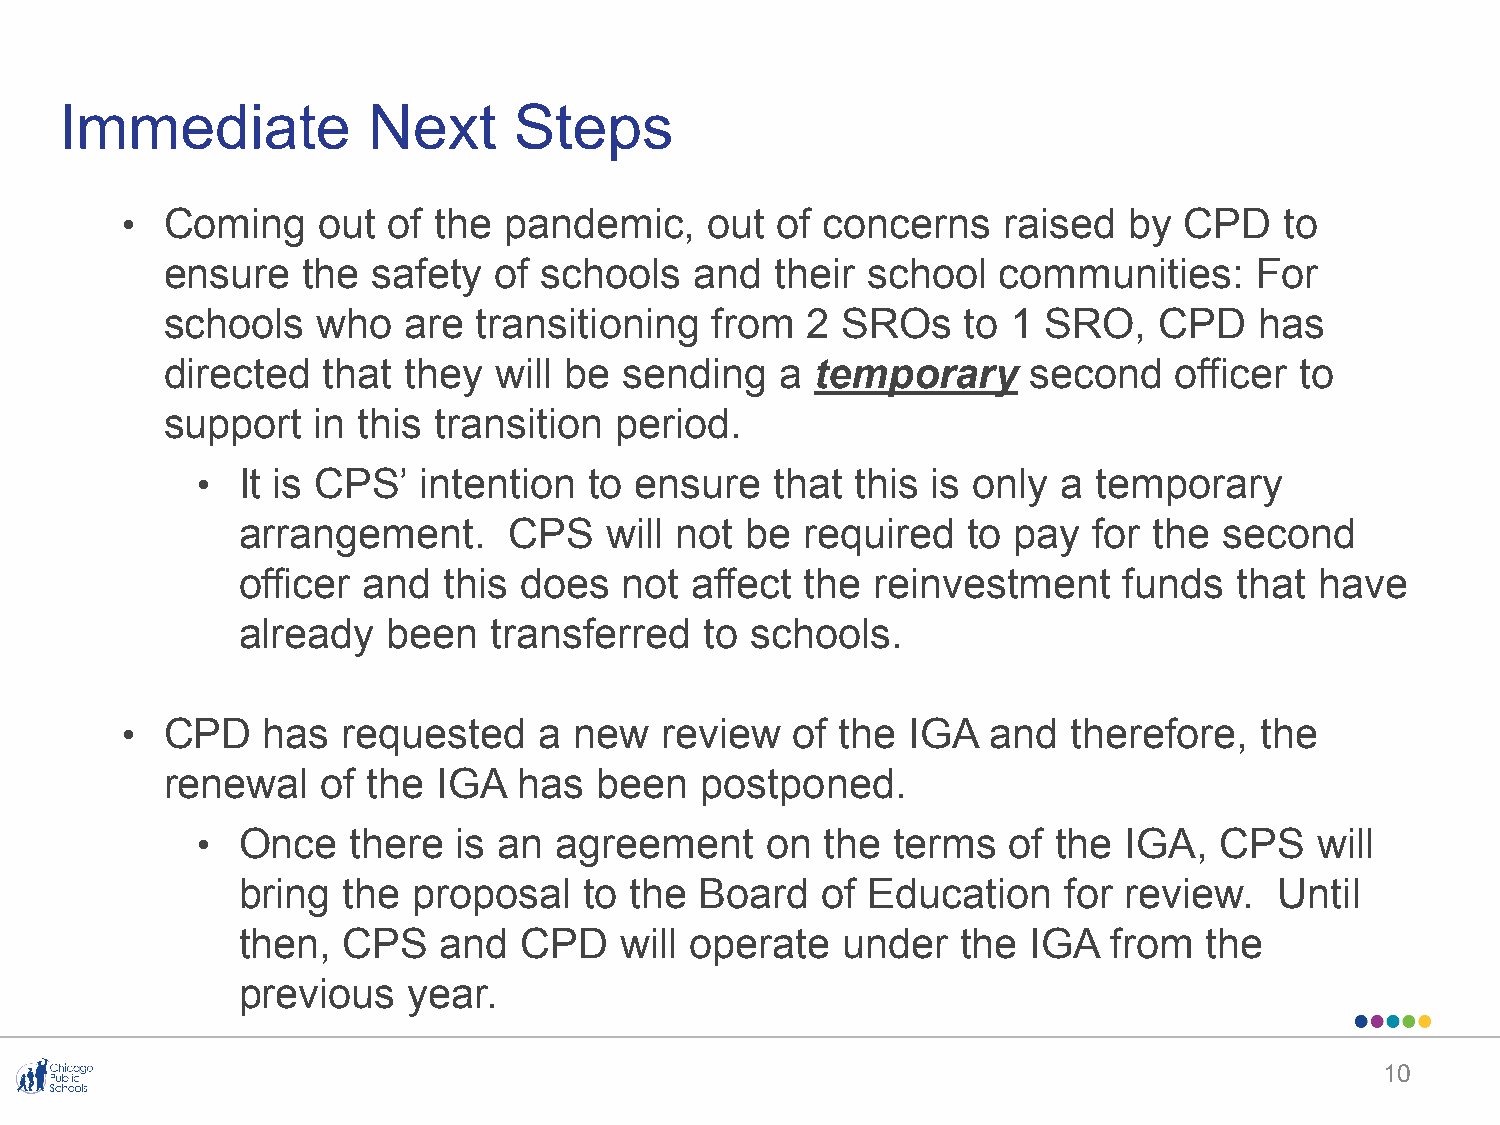
Immediate           Next      Steps
 •  Coming    out  of the pandemic,     out of concerns    raised   by CPD    to
 ensure   the  safety  of schools   and  their school   communities:     For
 schools   who   are  transitioning  from  2  SROs    to 1 SRO,    CPD   has
 directed  that  they  will be sending    a temporary     second    officer to
 support   in this transition  period.
 •  It is CPS’  intention  to ensure   that  this is only a  temporary
 arrangement.      CPS   will not be  required   to pay  for the  second
 officer and  this does   not  affect the  reinvestment    funds   that have
 already   been   transferred   to schools.
 •  CPD   has   requested    a new   review   of the IGA   and  therefore,  the
 renewal   of the  IGA  has  been   postponed.
 •  Once   there  is an  agreement     on  the terms   of the IGA,   CPS   will
 bring  the proposal    to the Board   of Education    for review.    Until
 then,  CPS   and  CPD    will operate   under   the IGA   from  the
 previous   year.
 10